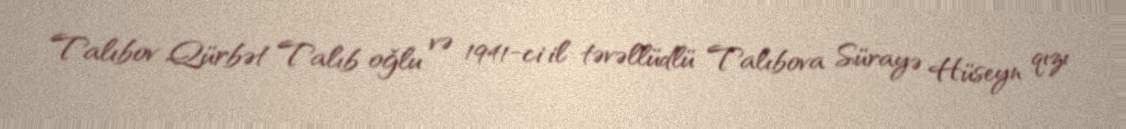
Talıbov Qürbət Talıb oğlu və 1941-ci il təvəllüdlü Talıbova Sürayə Hüseyn qızı